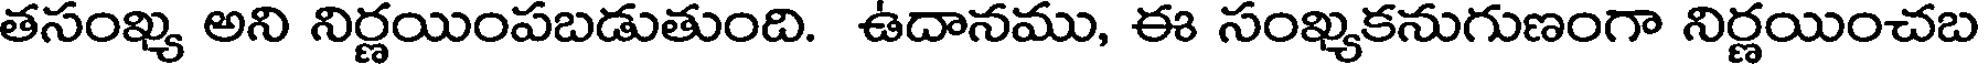
తసంఖ్య అని నిర్ణయింపబడుతుంది. ఉదానము, ఈ సంఖ్యకనుగుణంగా నిర్ణయించబ